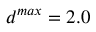
d ^ { m a x } = 2 . 0